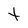
Character: t